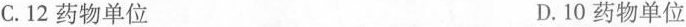
C.12药物单位D.10药物单位